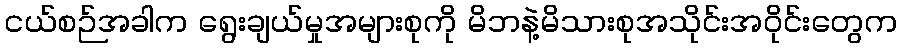
ငယ်စဉ်အခါက ရွေးချယ်မှုအများစုကို မိဘနဲ့မိသားစုအသိုင်းအဝိုင်းတွေက